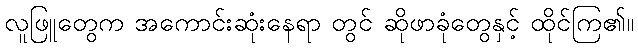
လူဖြူတွေက အကောင်းဆုံးနေရာ တွင် ဆိုဖာခုံတွေနှင့် ထိုင်ကြ၏။